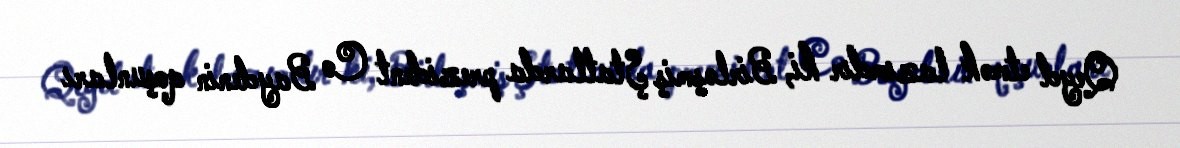
Qeyd etmək lazımdır ki, Birləşmiş Ştatlarda prezident Co Baydenin qoşunları